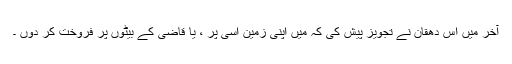
آخر میں اس دھقان نے تجویز پیش کی کہ میں اپنی زمین اسی پر ، یا قاضی کے بیٹوں پر فروخت کر دوں ۔